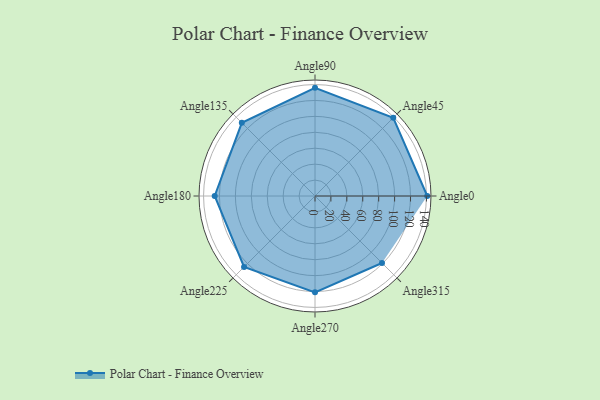
{"axis": {"x": "Angle", "y": "Radius"}, "legend": [""], "data": [{"x": "Angle0", "y": 141.0, "type": ""}, {"x": "Angle45", "y": 139.0, "type": ""}, {"x": "Angle90", "y": 136.0, "type": ""}, {"x": "Angle135", "y": 130.0, "type": ""}, {"x": "Angle180", "y": 126.0, "type": ""}, {"x": "Angle225", "y": 126.0, "type": ""}, {"x": "Angle270", "y": 121.0, "type": ""}, {"x": "Angle315", "y": 119.0, "type": ""}]}